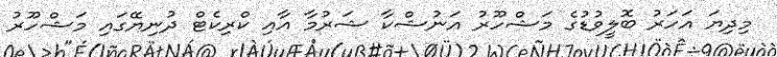
މިދިޔަ އަހަރު ބޮލީވުޑުގެ މަޝްހޫރު އަނުޝްކާ ޝަރުމާ އާއި ކްރިކެޓް ދުނިޔޭގައި މަޝްހޫރު